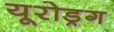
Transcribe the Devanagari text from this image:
यूरोड्रग